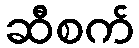
ဆီစက်